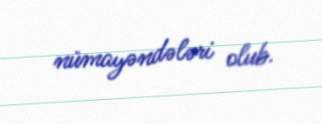
nümayəndələri olub.